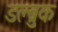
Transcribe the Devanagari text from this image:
डल्ब्रुक